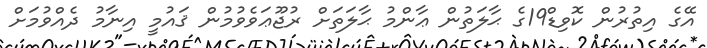
އޭގެ އިތުރުން ކޮވިޑް19ގެ ޙާލަތުން ޢާންމު ޙާލަތަށް ރުޖޫޢަވެވުމުން ޤައުމީ އިނާމު ދެއްވުމަށް